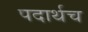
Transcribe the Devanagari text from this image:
पदार्थच